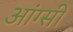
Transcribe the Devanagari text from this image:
आंग्सी